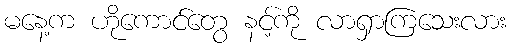
မနေ့က ဟိုကောင်တွေ နင့်ကို လာရှာကြသေးလား